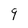
Character: 9